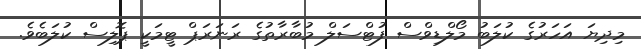
މިދިޔަ އަހަރުގެ ކުލަބު މޯލްޑިވްސް ފުޓްސަލް މުބާރާތުގެ ރަނަރަޕް ޓީމަކީ ޕޮލިސް ކުލަބެވެ.